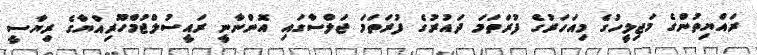
ރައްޔިތުންގެ މަޖިލީހުގެ މިއަހަރުގެ ފުރަތަމަ ދައުރުގެ ފުރަތަމަ ޖަލްސާގައި އޮންނާނީ ރައީސުލްޖުމްހޫރިއްޔާގެ ރިޔާސީ